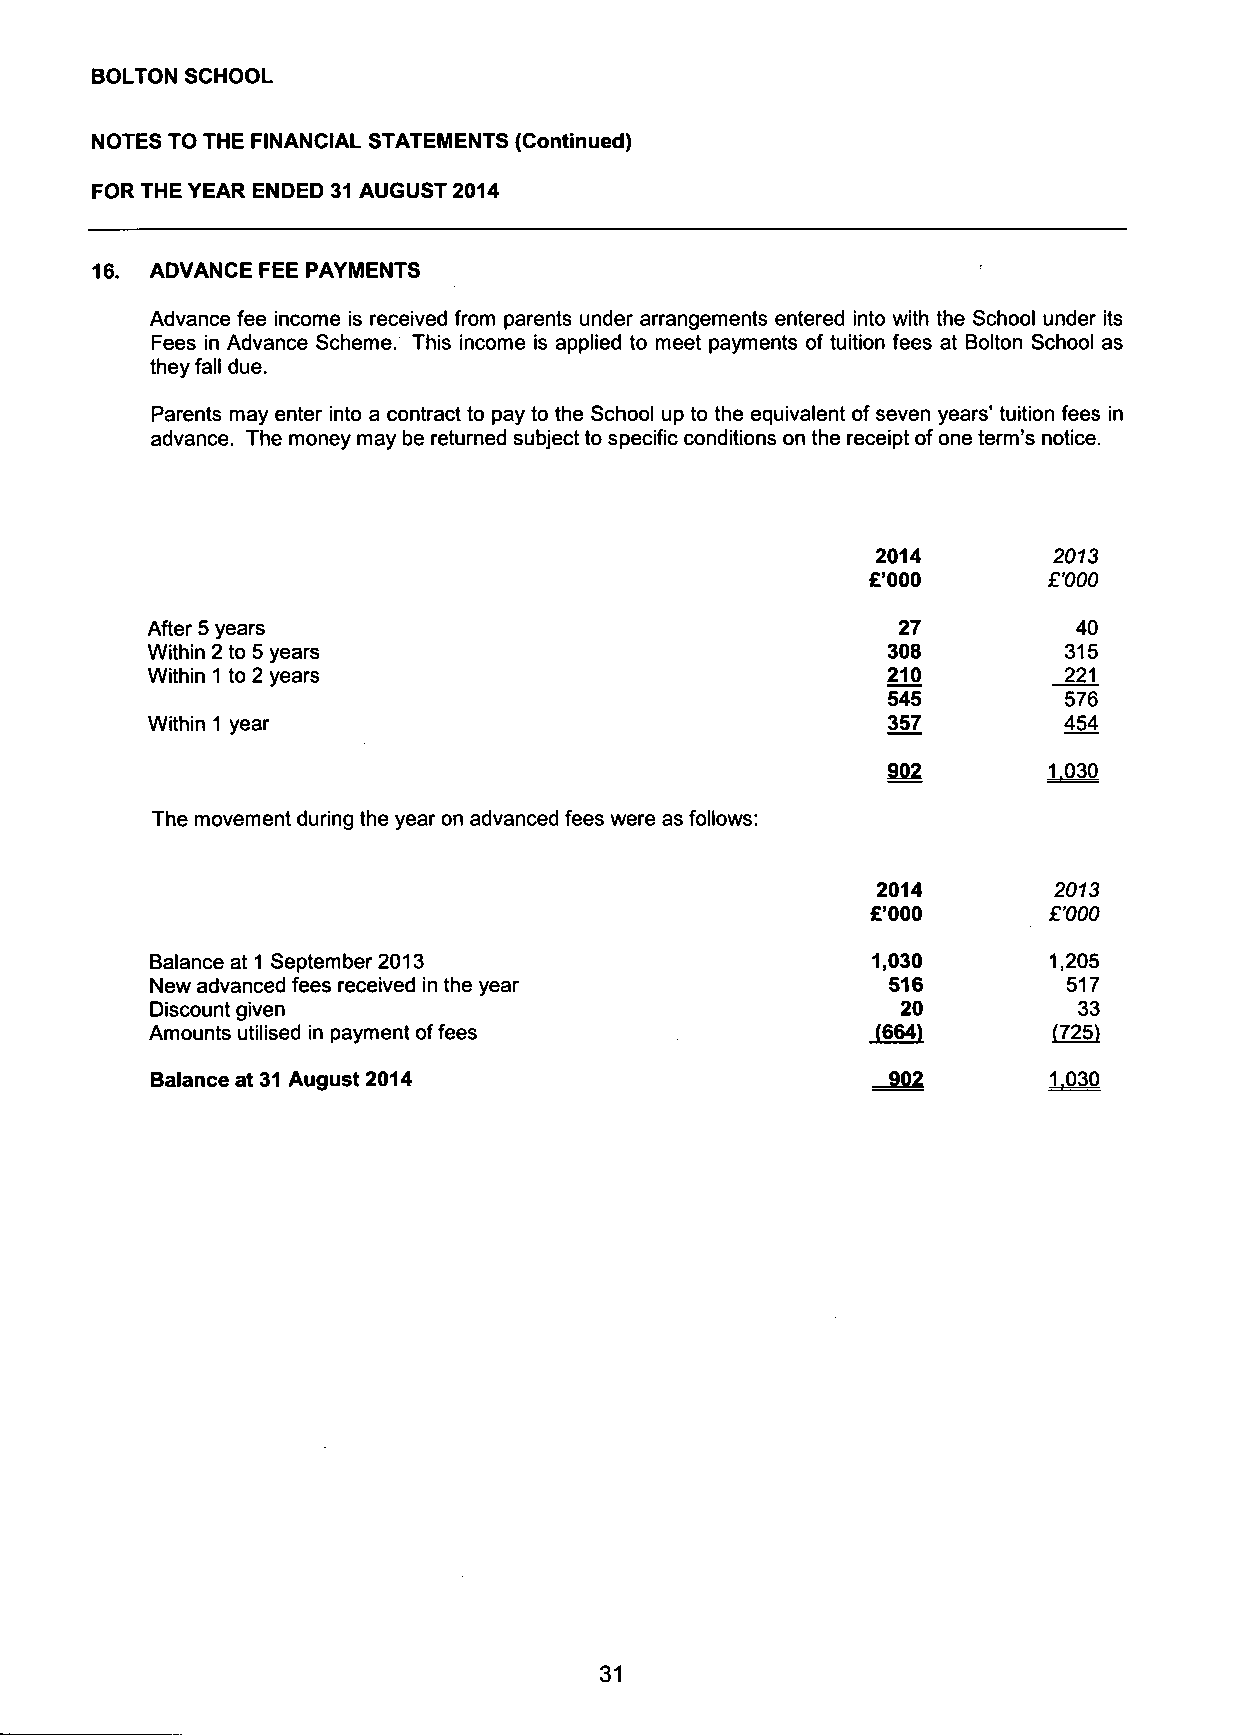
BOLTON SCHOOL
 NOTES TO THE FINANCIAL STATEMENTS (Continued)
 FOR THE YEAR ENDED 31 AUGUST 2014
 16. ADVANCE FEE PAYMENTS
 Advance fee income is received from parents under arrangements entered into with the School under its
 Fees in Advance Scheme. This income is applied to meet payments of tuition fees at Bolton School as
 they fall due.
 Parents may enter into a contract to pay to the School up to the equivalent of seven years' tuition fees in
 advance. The money may be returned subject to specific conditions on the receipt of one term's notice.
 2014        2073
 £'000      £'000
 After 5 years                                    27          40
 Within 2 to 5 years                              308        315
 Within 1 to 2 years                              210        221
 545        576
 Within 1 year                                    357        454
 902       1.030
 The movement during the year on advanced fees were as follows:
 2014        2013
 £'000      £'000
 Balance at 1 September 2013                     1,030       1,205
 New advanced fees received in the year           516         517
 Discount given                                    20         33
 Amounts utilised in payment of fees             (664)       (725)
 Balance at 31 August 2014                        902       1.030
 31